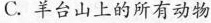
C.羊台山上的所有动物